Source: Handwritten
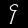
Digit: ၄ (4)